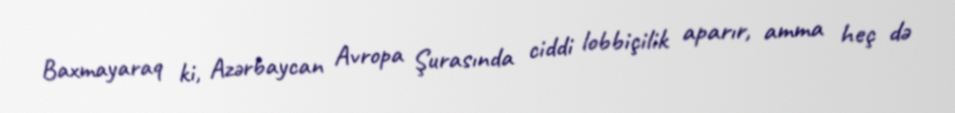
Baxmayaraq ki, Azərbaycan Avropa Şurasında ciddi lobbiçilik aparır, amma heç də